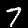
Label: 7